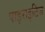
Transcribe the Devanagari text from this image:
पाइराइटिज